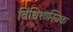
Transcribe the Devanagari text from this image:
विधिशास्त्रिक